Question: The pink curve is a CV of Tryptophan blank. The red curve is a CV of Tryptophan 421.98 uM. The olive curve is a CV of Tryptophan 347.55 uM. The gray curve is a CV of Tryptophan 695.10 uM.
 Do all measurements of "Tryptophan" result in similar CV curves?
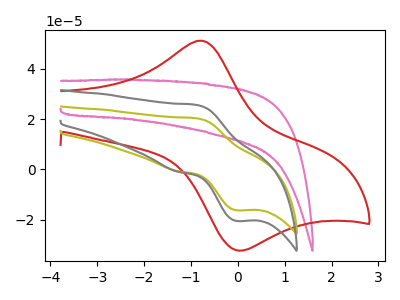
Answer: <think>The pink curve "Tryptophan blank" has no peaks. The red curve "Tryptophan 421.98 uM" has an anodic peak at (-0.80V, 51.25uA) and a cathodic peak at (-0.05V, -32.15uA). The olive curve "Tryptophan 347.55 uM" has an anodic peak at (-0.85V, 20.35uA) and a cathodic peak at (-0.05V, -16.25uA). The gray curve "Tryptophan 695.10 uM" has an anodic peak at (-0.85V, 25.65uA) and a cathodic peak at (-0.05V, -20.50uA).
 "Tryptophan blank" and "Tryptophan 421.98 uM" have a different number of peaks. "Tryptophan blank" and "Tryptophan 347.55 uM" have a different number of peaks. "Tryptophan blank" and "Tryptophan 695.10 uM" have a different number of peaks. "Tryptophan 421.98 uM" and "Tryptophan 347.55 uM" have at least one peak that do not match. "Tryptophan 421.98 uM" and "Tryptophan 695.10 uM" have at least one peak that do not match. All the peaks in "Tryptophan 347.55 uM" have a peak in "Tryptophan 695.10 uM" at the same potential. Every peak in "Tryptophan 347.55 uM" is lower than every peak in "Tryptophan 695.10 uM".</think>
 <answer>All the CV's of "Tryptophan" have similar shape.</answer>
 <eval>follow_rule</eval>